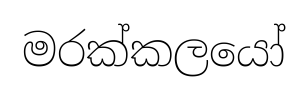
මරක්කලයෝ